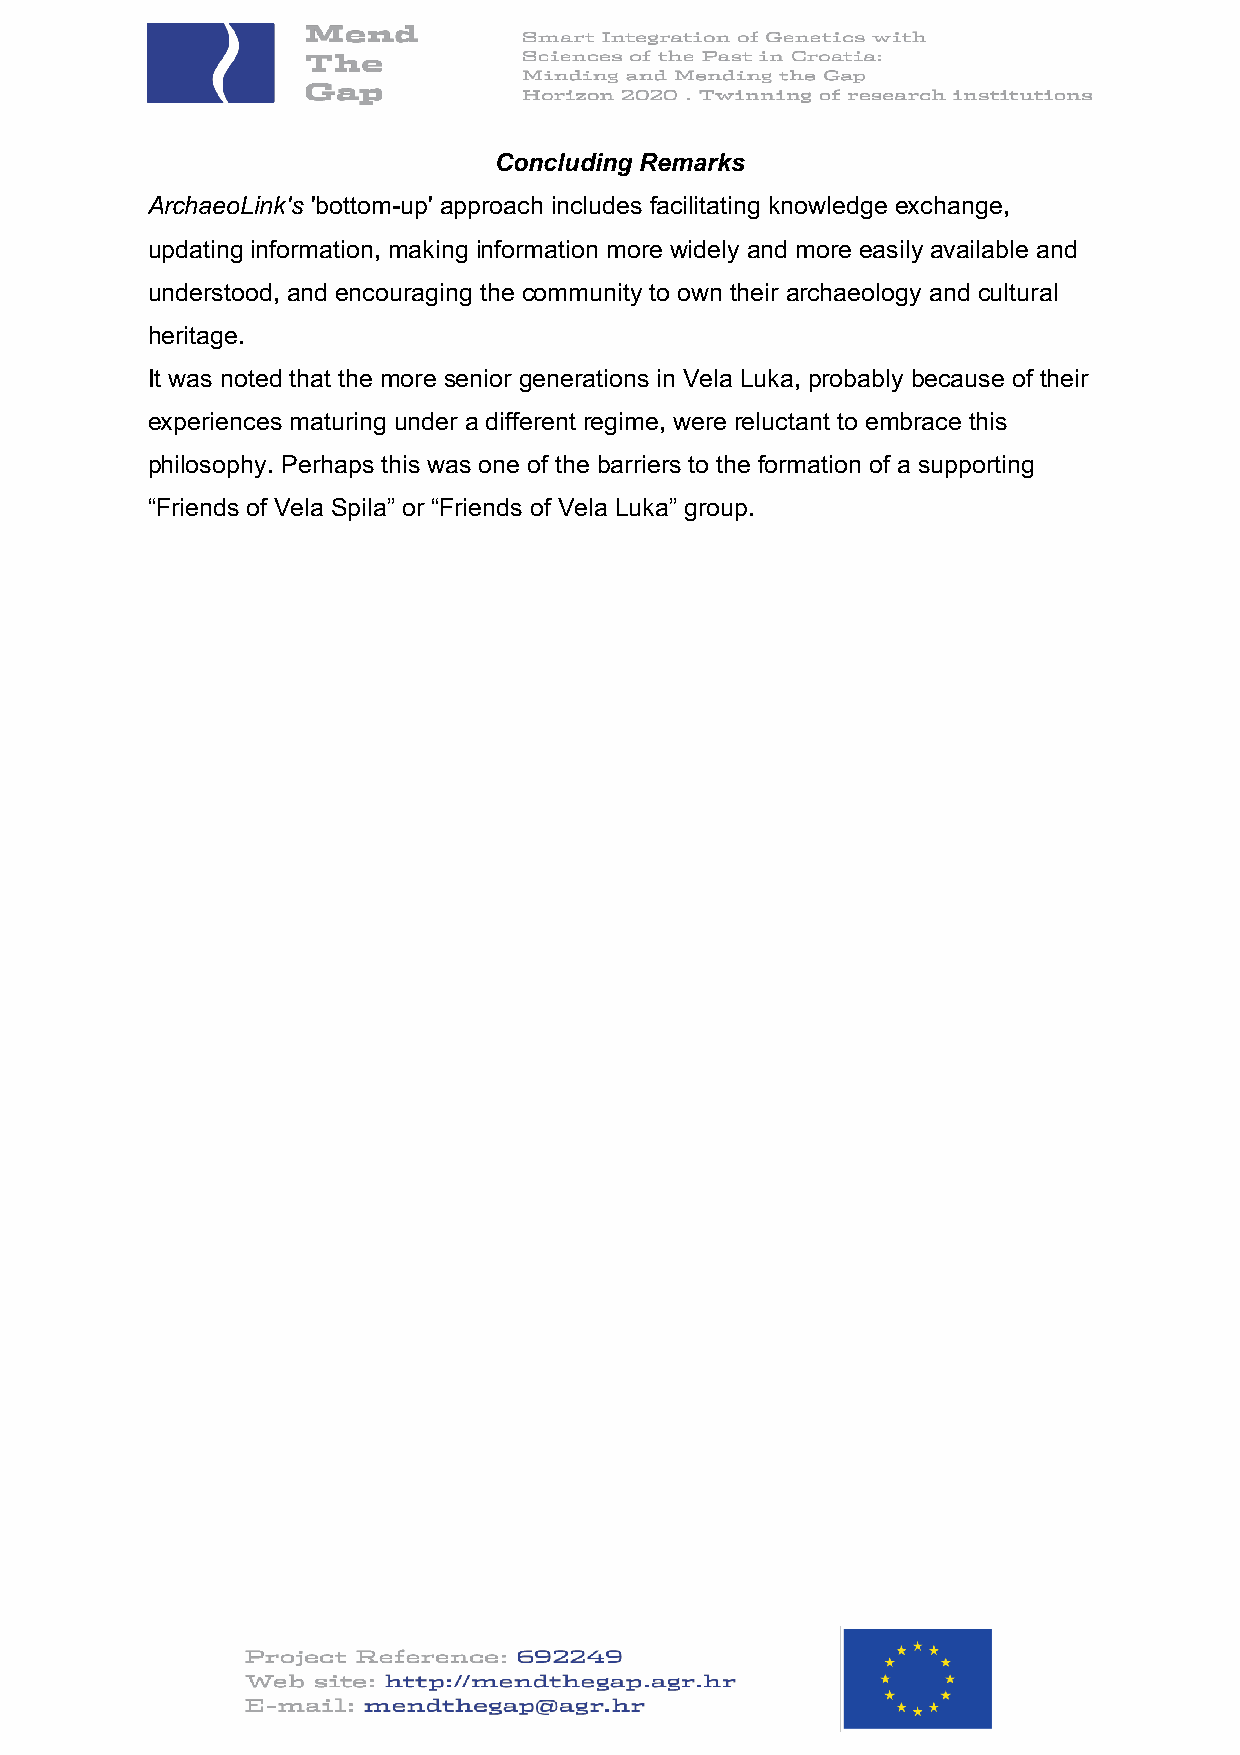
Concluding Remarks
 ArchaeoLink's 'bottom-up' approach includes facilitating knowledge exchange,
 updating information, making information more widely and more easily available and
 understood, and encouraging the community to own their archaeology and cultural
 heritage.
 It was noted that the more senior generations in Vela Luka, probably because of their
 experiences maturing under a different regime, were reluctant to embrace this
 philosophy. Perhaps this was one of the barriers to the formation of a supporting
 “Friends of Vela Spila” or “Friends of Vela Luka” group.